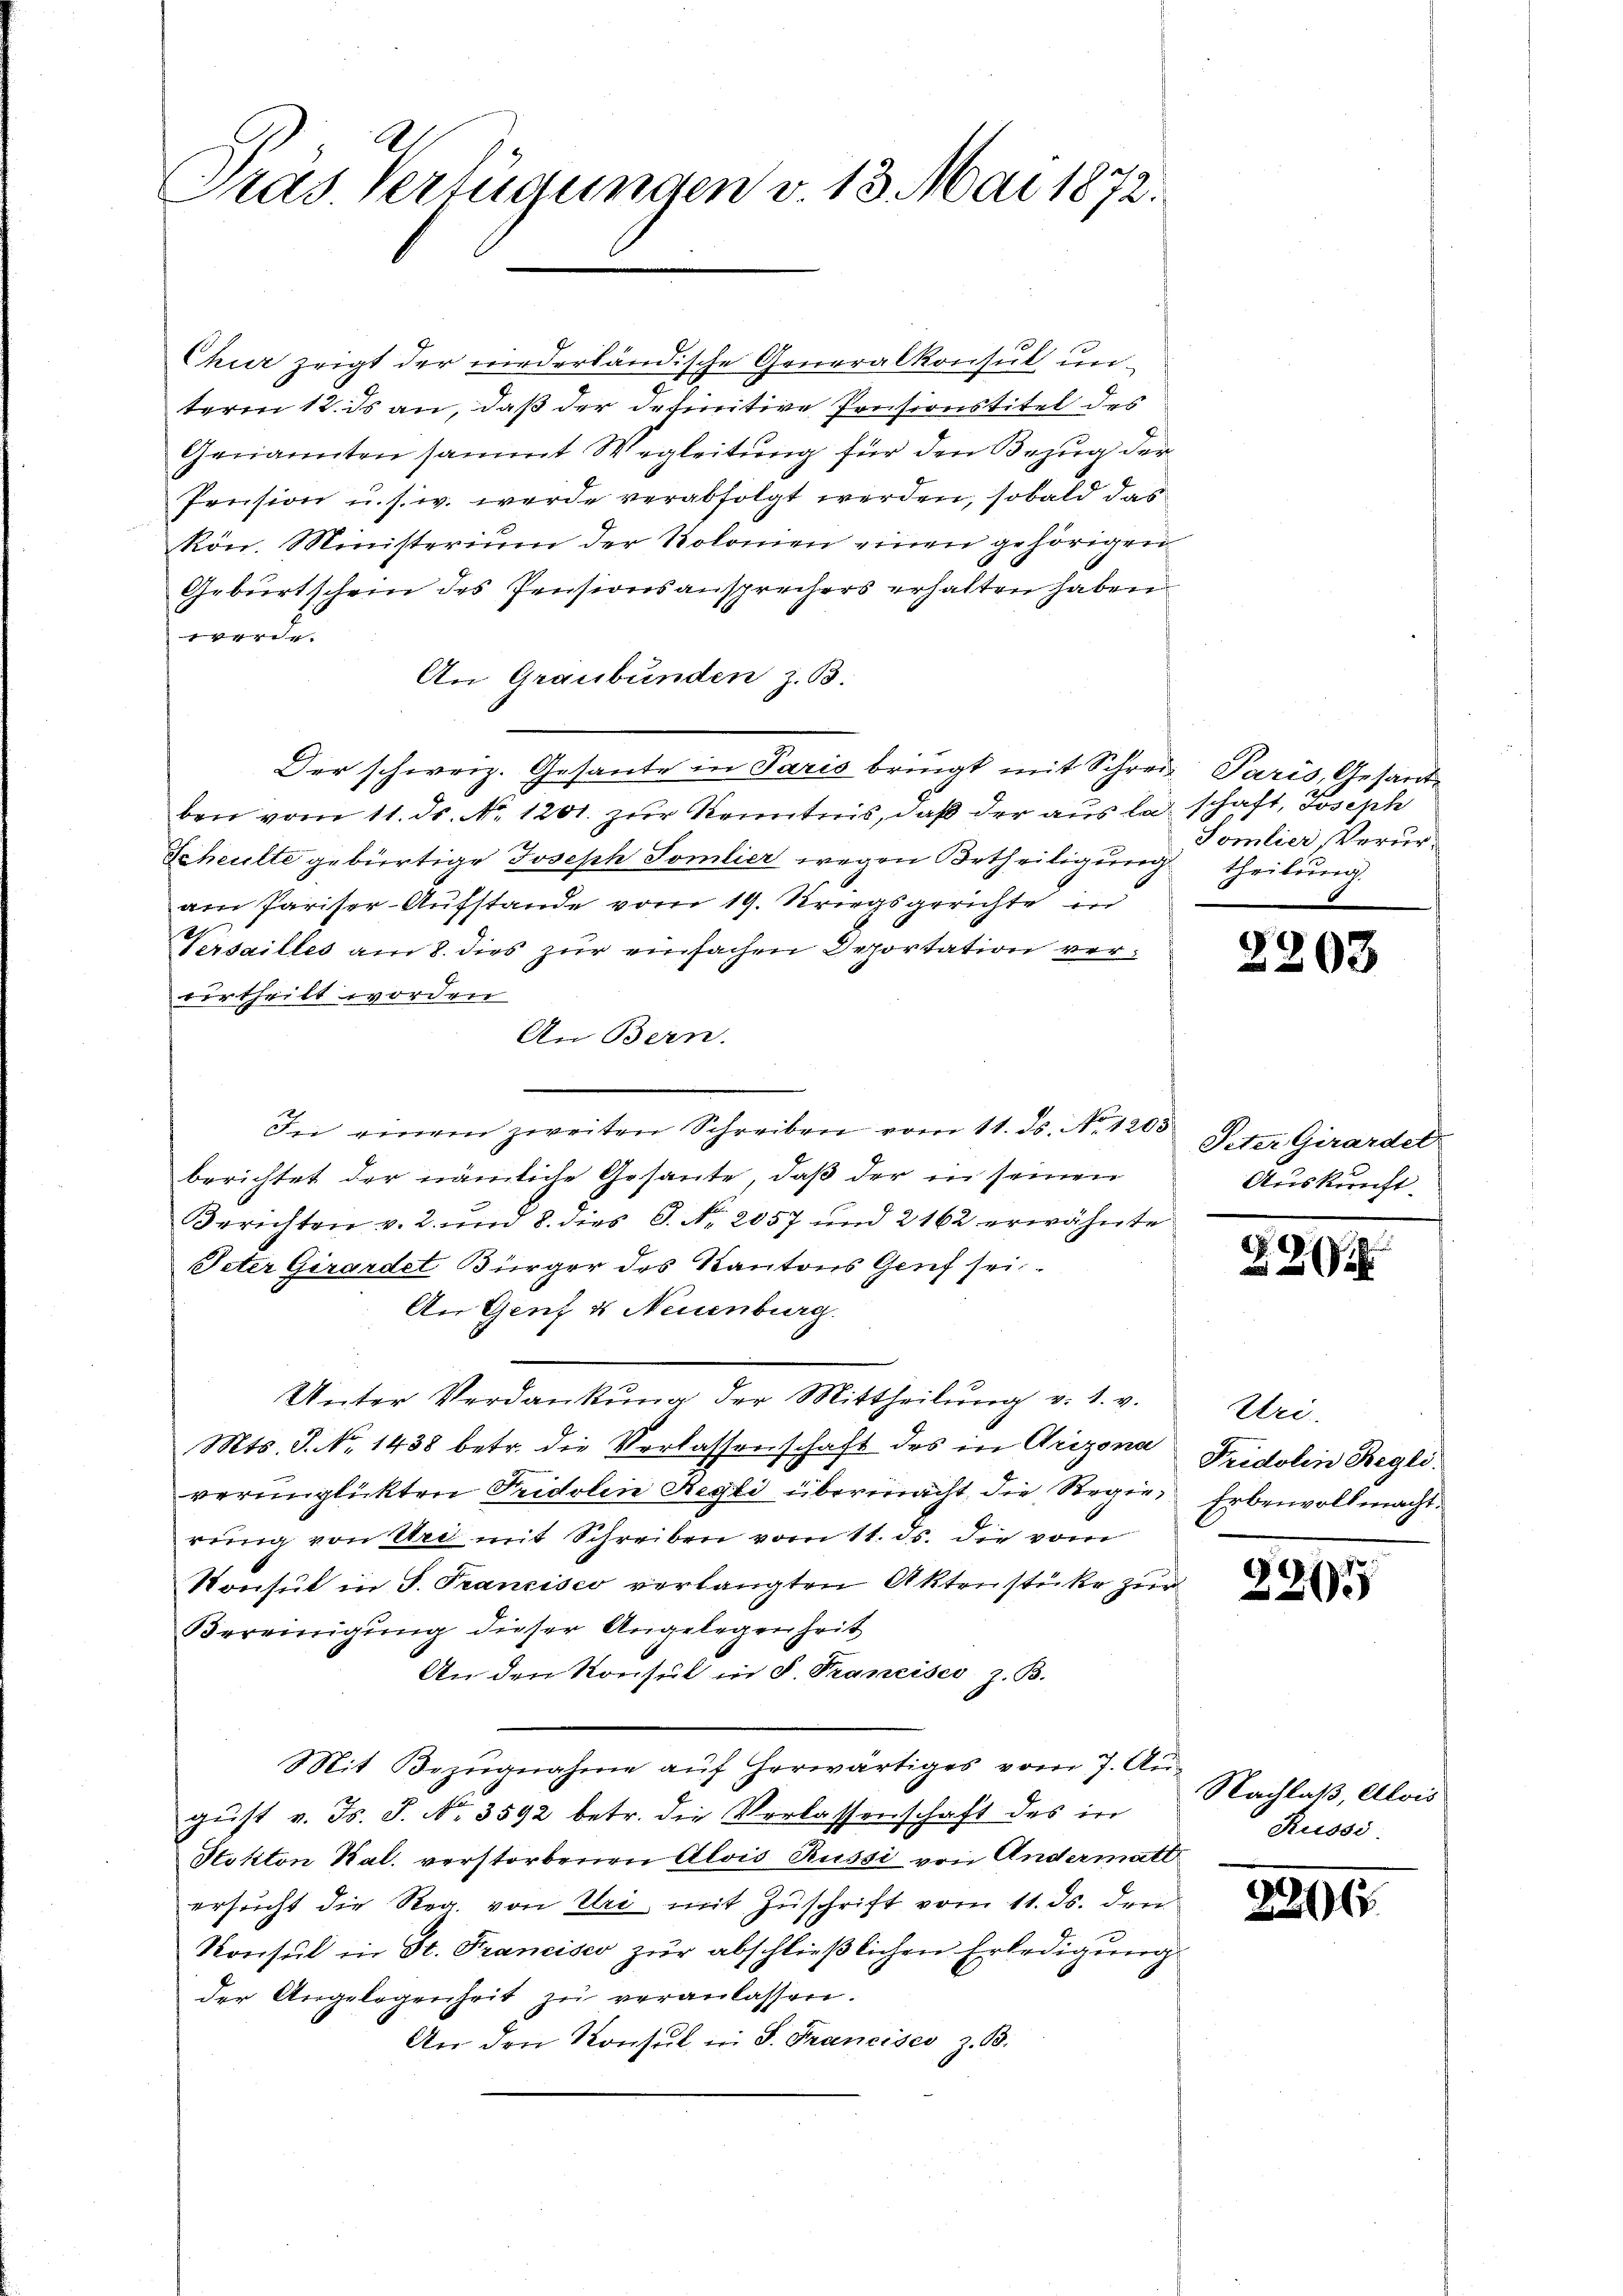
Präs. Verfügungen v. 13. Mai 1872.

Chur zeigt der niederländische Generalkonsul unterm 12. ds an, daß der definitive Pensionstitel des
Genannten sammt Wegleitung für den Bezug der
Prision u. s. w. werde verabfolgt werden, sobald das
kön. Ministerium der Rolonien einen gehörigen
Geburtschein des Pensionsansprechers erhalten haben
werde.
An Graubünden z. B.
Der schweiz. Gesante in Paris bringt mit Schreiz Paris, Gesandben vom 11. ds. No. 1201. zur Kenntnis, daß der aus la schaft, Joseph
Scheulte gebürtige Joseph Somlier wegen Urtheiligung theilung
am Pariser-Aufstande vom 19. Kriegsgerichte in
Versailles am 8. dies zur einfachen Deportation vereurtheilt worden
An Bern.
In einem zweiten Schreiben vom 11. ds. N. 1205 P. tit. Girardel
berichtet der nämliche Gesante, daß der in seinen
Berichten v. 2. und 8. dies P. Nr. 2057 und 2162 erwähnte
Peter Girardet Bürger des Kantons Genf sei.
An Genz & Neuenburg.
Unter Verdankŭng der Mittheilŭng v. 1. v.
Mts. S. No. 1438 betr. die Verlassenschaft des in Orizona
verunglückten Fridolin Regli übermacht, die Regie, Erbenvollmacht.
rŭng von Uri mit Schreiben vom 11. ds. die vom
Konsul in S. Francisco verlangten Aktenstücke zur
Bereinigung dieser Angelegenheit
An den Konsul in P. Francisco, z. B.
Mit Bezugnahme auf herwärtiges vom 7. Au-
gust v. Js. S. Nr. 3592 betr. die Verlassenschaft des in
Sokton Bal. verstorbenen Alois Russi von Andermatt
ersucht die Reg. von Uri mit Zuschrift vom 11. ds. den
Konsul in St. Francisco zŭr abschließlichen Erledigung
der Angelegenheit zŭ veranlassen.
An den Konsul in S. Francisco z. B.

Somlier, Verur¬

2203

Auskunft.

S. 27

Uri.
Fridolin Begli

2265

Nachlaß, Alois
Russi

22061.